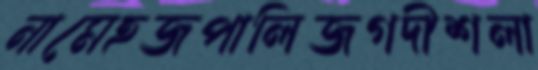
নামেহজপালিজগদীশলা